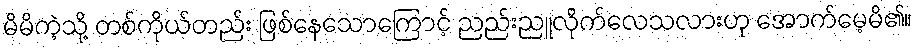
မိမိကဲ့သို့ တစ်ကိုယ်တည်း ဖြစ်နေသောကြောင့် ညည်းညူလိုက်လေသလားဟု အောက်မေ့မိ၏။